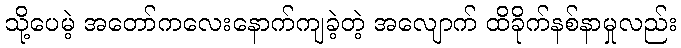
သို့ပေမဲ့ အတော်ကလေးနောက်ကျခဲ့တဲ့ အလျောက် ထိခိုက်နစ်နာမှုလည်း